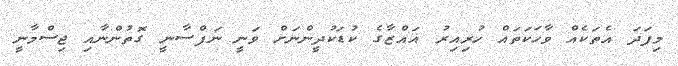
މިފަދަ އެތަކެއް ވާހަކަތައް ހުރިއިރު ޣައްޒާގެ ކުޑަކުދީންނަށް ވަނީ ނަފްސާނީ ގޮތުންނާއި ޖިސްމާނީ